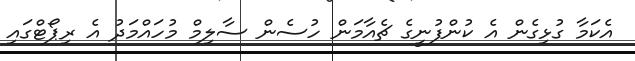
އެކަމާ ގުޅިގެން އެ ކުންފުނީގެ ޗެއާމަން ހުސެން ސާލިމް މުހައްމަދު އެ ރިޕޯޓްގައި